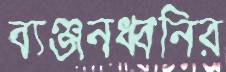
ব্যঞ্জনধ্বনির